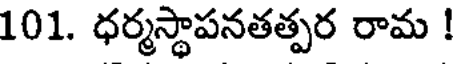
101. ధర్మస్థాపనతత్పర రామ !